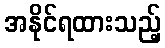
အနိုင်ရထားသည့်